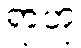
ရာဟု